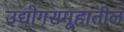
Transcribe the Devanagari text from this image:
उद्योगसमूहातील